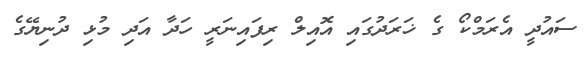
ސައުދީ އެރަމްކޯ ގެ ޚަރަދުގައި އޮއިލް ރިފައިނަރީ ހަދާ އަދި މުޅި ދުނިޔޭގެ